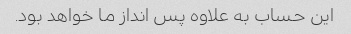
این حساب به علاوه پس انداز ما خواهد بود.